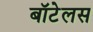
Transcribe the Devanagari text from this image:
बॉटेलस